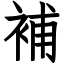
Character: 補